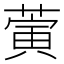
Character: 蔩